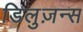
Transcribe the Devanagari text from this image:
डिलुज़न्स